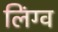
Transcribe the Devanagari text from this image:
लिंग्व